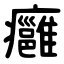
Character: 癰